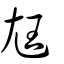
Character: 尪